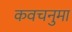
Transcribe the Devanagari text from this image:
कवचनुमा